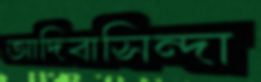
আদিবাসিন্দা